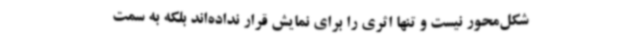
شکل‌محور نیست و تنها اثری را برای نمایش قرار نداده‌اند بلکه به سمت